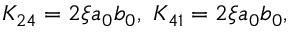
K _ { 2 4 } = 2 \xi a _ { 0 } b _ { 0 } , \ K _ { 4 1 } = 2 \xi a _ { 0 } b _ { 0 } ,